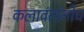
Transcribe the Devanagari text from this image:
कलावंतांनीच